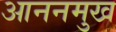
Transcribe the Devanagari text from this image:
आननमुख